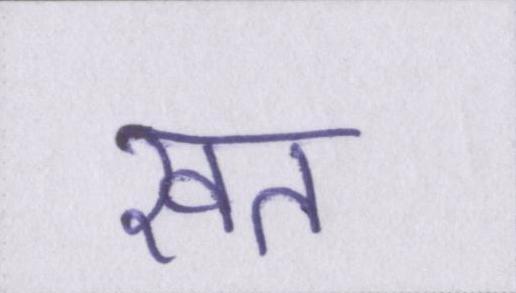
खत